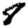
Digit: 8